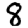
Digit: 8